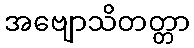
အဗျောသိတတ္တာ